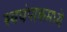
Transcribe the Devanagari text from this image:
स्वयंपाकमध्ये